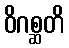
ဝိဂစ္ဆတိ